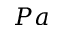
P a